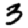
Digit: 3